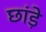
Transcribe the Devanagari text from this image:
छांड़े